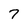
Character: 7